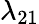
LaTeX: \lambda_{21}